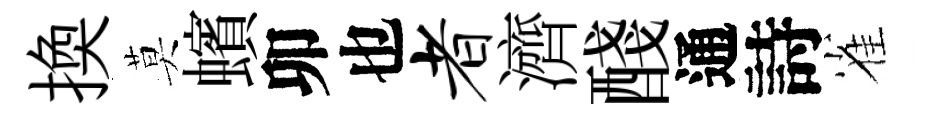
換莫蠙卯也者濟醆通詩雀